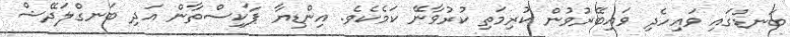
ބަނޑުގައި ވައިހެދި ވައިބޭރުވުން ކުރިމަތި ކުރުވާނޭ ކަމެކެވެ. އިންޑިޔާ ޕާކިސްތާން އަދި ބަނގްލަދޭޝް